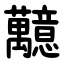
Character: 䖁